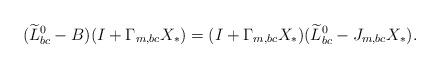
LaTeX: \begin{align*}(\widetilde{L}_{bc}^0-B)(I+\Gamma_{m, bc}X_*)=(I+\Gamma_{m, bc}X_*)(\widetilde{L}_{bc}^0-J_{m, bc}X_*).\end{align*}